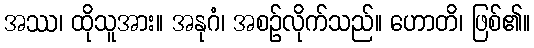
အဿ၊ ထိုသူအား။ အနုဂံ၊ အစဉ်လိုက်သည်။ ဟောတိ၊ ဖြစ်၏။